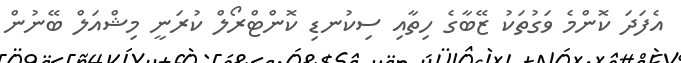
އެފަދަ ކޮންމެ ވަގުތަކު ޒޭބާގެ ހިތާއި ސިކުނޑި ކޮންޓްރޯލް ކުރަނީ މިޝްއަލް ބޭނުން